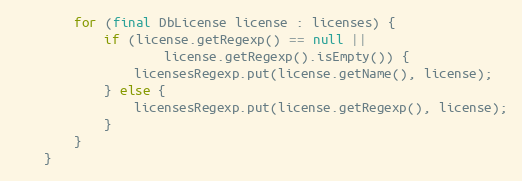
Language: Java
        for (final DbLicense license : licenses) {
            if (license.getRegexp() == null ||
                    license.getRegexp().isEmpty()) {
                licensesRegexp.put(license.getName(), license);
            } else {
                licensesRegexp.put(license.getRegexp(), license);
            }
        }
    }